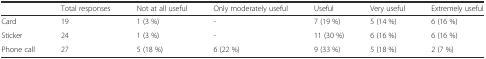
<table><thead><tr><td></td><td><b>Total responses</b></td><td><b>Not at all useful</b></td><td><b>Only moderately useful</b></td><td><b>Useful</b></td><td><b>Very useful</b></td><td><b>Extremely useful</b></td></tr></thead><tbody><tr><td>Card</td><td>19</td><td>1 (3 %)</td><td>-</td><td>7 (19 %)</td><td>5 (14 %)</td><td>6 (16 %)</td></tr><tr><td>Sticker</td><td>24</td><td>1 (3 %)</td><td>-</td><td>11 (30 %)</td><td>6 (16 %)</td><td>6 (16 %)</td></tr><tr><td>Phone call</td><td>27</td><td>5 (18 %)</td><td>6 (22 %)</td><td>9 (33 %)</td><td>5 (18 %)</td><td>2 (7 %)</td></tr></tbody></table>